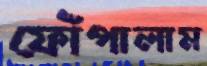
ফোঁপালাম